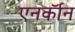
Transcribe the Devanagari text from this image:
एनर्कॉन